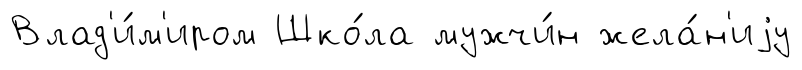
Влад'и́м'иром Шко́ла мужчи́н жела́н'иjу